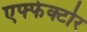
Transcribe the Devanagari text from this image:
एफ्फेक्टोर